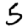
Digit: 5